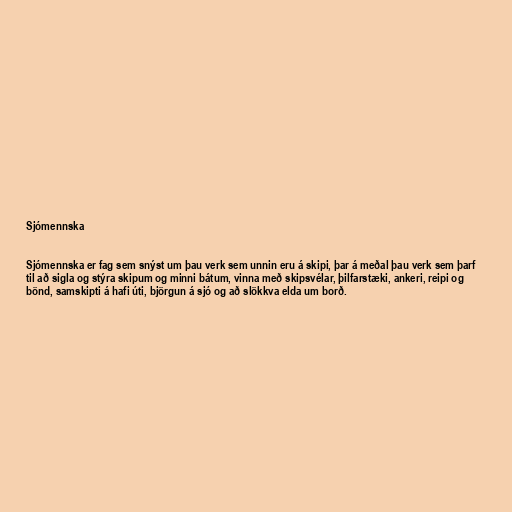
Sjómennska

Sjómennska er fag sem snýst um þau verk sem unnin eru á skipi, þar á meðal þau verk sem þarf
til að sigla og stýra skipum og minni bátum, vinna með skipsvélar, þilfarstæki, ankeri, reipi og
bönd, samskipti á hafi úti, björgun á sjó og að slökkva elda um borð.